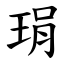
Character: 琄